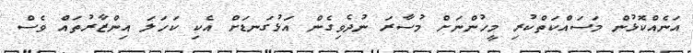
އަނެއްކޮޅުން މަސައްކަތްކުރި މީހުންނަށް މުސާރަ ނުދެވިގެން އަޅުގަނޑަށް އެކި ކަހަލަ އިންޒާރުތައް ވެސް